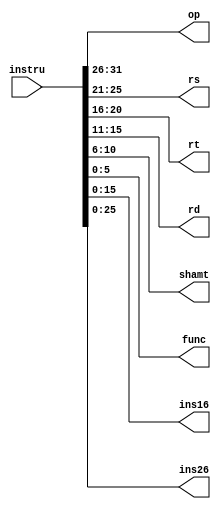
`timescale 1ns / 1ps
//
module instruDecoder(instru, op,rs,rt,rd,shamt,func,ins16,ins26);
    input [31:0]instru; //
    output  [5:0] op;
    output  [4:0] rs;
    output [4:0] rt;
    output [4:0] rd;
    output [4:0] shamt;
    output [5:0] func;
    output [15:0] ins16;
    output [25:0] ins26;
    assign op = instru[31:26];
    assign rs = instru[25:21];
    assign rt = instru[20:16];
    assign rd = instru[15:11];
    assign shamt = instru[10:6];
    assign func = instru[5:0];
    assign ins16 = instru[15:0];
    assign ins26 = instru[25:0];
endmodule